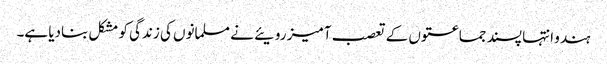
ہندو انتہا پسند جماعتوں کے تعصب آمیز رویئے نے مسلمانوں کی زندگی کو مشکل بنادیا ہے۔